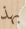
بهذ